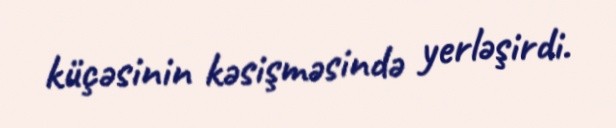
küçəsinin kəsişməsində yerləşirdi.